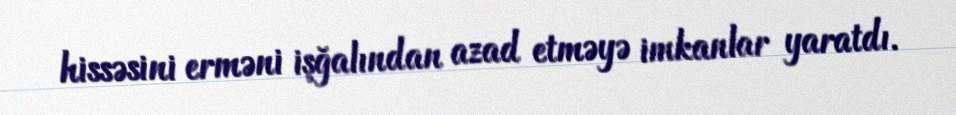
hissəsini erməni işğalından azad etməyə imkanlar yaratdı.